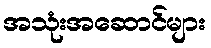
အသုံးအဆောင်များ